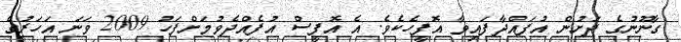
ގާނޫނުގެ ދަށުން އުފައްދާފައިވާ އޮފީހެކެވެ. އެ އޮފީސް އުފެއްދެވުމަށްފަހު 2009 ވަނަ އަހަރުގެ